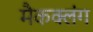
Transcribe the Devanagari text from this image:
मैकक्लंग